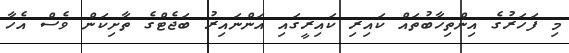
މި ފަހަރުގެ އިންތިހާބުތައް ކައިރި ކައިރީގައި އަންނައިރު ބަޖެޓްގެ ތާށިކަން ވެސް އެހާ